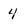
Character: 4